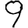
Digit: 9